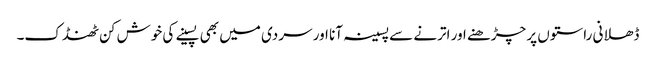
ڈھلانی راستوں پر چڑھنے اور اترنے سے پسینہ آنا اور سردی میں بھی پسینے کی خوش کن ٹھنڈک۔